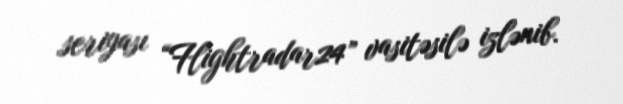
seriyası “Flightradar24” vasitəsilə izlənib.